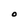
Character: O